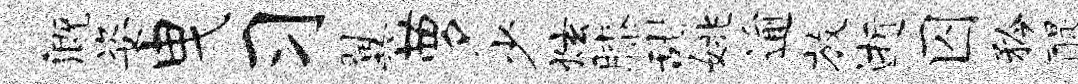
溉姿曳习翼萝少炫膝甜姚逾放逝囚矜醍